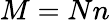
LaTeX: M=Nn